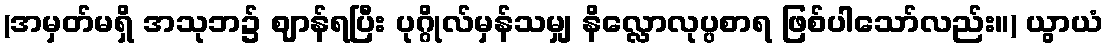
(အမှတ်မရှိ အသုဘ၌ ဈာန်ရပြီး ပုဂ္ဂိုလ်မှန်သမျှ နိလ္လောလုပ္ပစာရ ဖြစ်ပါသော်လည်း။) ယွာယံ